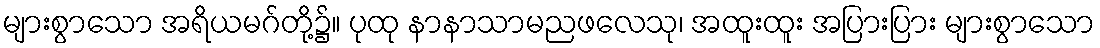
များစွာသော အရိယမဂ်တို့၌။ ပုထု နာနာသာမညဖလေသု၊ အထူးထူး အပြားပြား များစွာသော